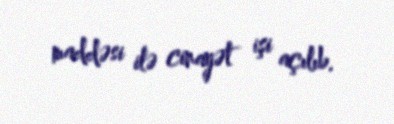
maddəsi ilə cinayət işi açılıb.